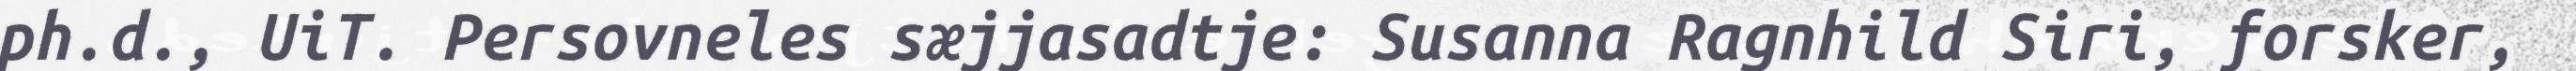
ph.d., UiT. Persovneles sæjjasadtje: Susanna Ragnhild Siri, forsker,